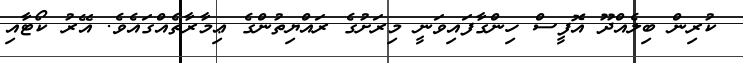
ކުރިން ބިލެއްދޫ އޮފީސް ހިންގާފައިވަނީ މިރަށުގެ ރައްޔިތުންގެ ޢިމާރާތެއްގައެވެ. އޭރު ކޯޓާއި